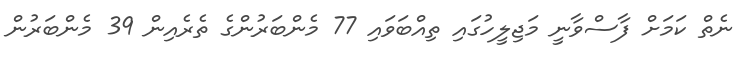
ނެތް ކަމަށް ފާސްވާނީ މަޖިލީހުގައި ތިއްބަވައި 77 މެންބަރުންގެ ތެރެއިން 39 މެންބަރުން